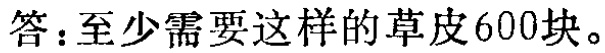
答：至少需要这样的草皮600块。